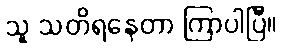
သူ သတိရနေတာ ကြာပါပြီ။